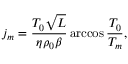
j _ { m } = \frac { { { T _ { 0 } } \sqrt L } } { { \eta { \rho _ { 0 } } \beta } } \operatorname { a r c c o s } \frac { { { T _ { 0 } } } } { { { T _ { m } } } } ,